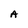
Character: A